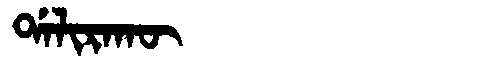
Manchu: ᡩᠠᠯᡳᡵᠠᡴᡡ
Romanization: DALIRAKŪ